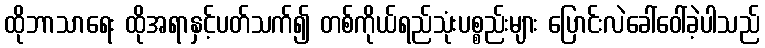
ထိုဘာသာရေး ထိုအရာနှင့်ပတ်သက်၍ တစ်ကိုယ်ရည်သုံးပစ္စည်းများ ပြောင်းလဲခေါ်ဝေါ်ခဲ့ပါသည်